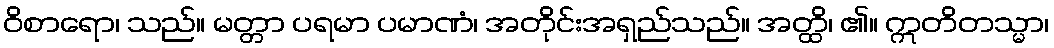
ဝိစာရော၊ သည်။ မတ္တာ ပရမာ ပမာဏံ၊ အတိုင်းအရှည်သည်။ အတ္ထိ၊ ၏။ ဣတိတသ္မာ၊